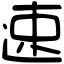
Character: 速